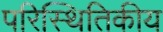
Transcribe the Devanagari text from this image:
परिस्थितिकीय